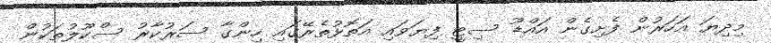
މިދިޔަ އަހަރުން ފެށިގެން އައްޑޫ ސިޓީ ފިޔަވައި އަތޮޅުތެރޭގައި ހިންގާ ސަރުކާރު ސްކޫލުތަކުން